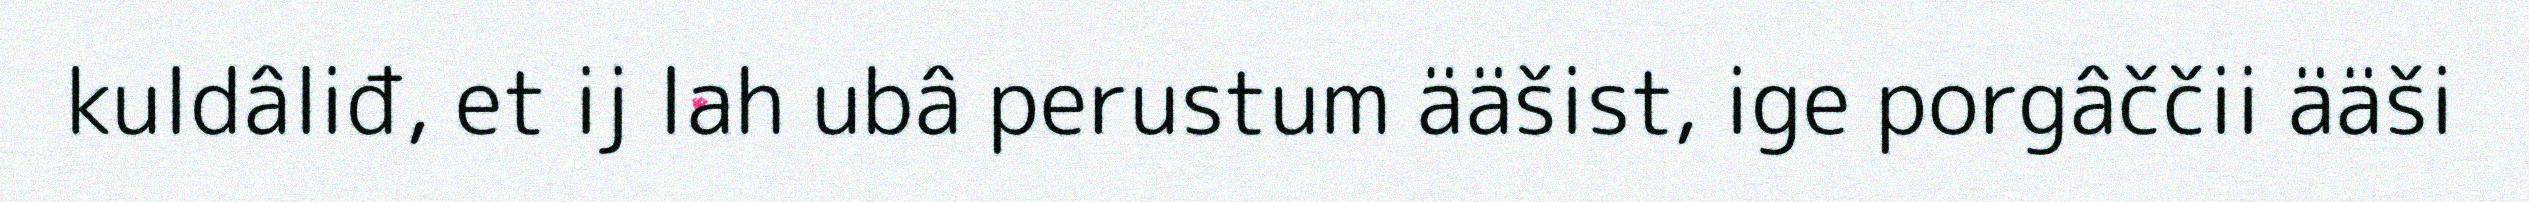
kuldâliđ, et ij lah ubâ perustum ääšist, ige porgâččii ääši